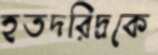
হতদরিদ্রকে